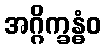
အဂ္ဂိက္ခန္ဓံဝ